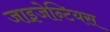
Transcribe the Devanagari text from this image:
जाइजेन्टियस